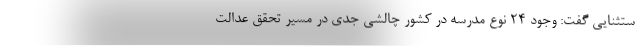
ستثنایی گفت: وجود ۲۴ نوع مدرسه در کشور چالشی جدی در مسیر تحقق عدالت